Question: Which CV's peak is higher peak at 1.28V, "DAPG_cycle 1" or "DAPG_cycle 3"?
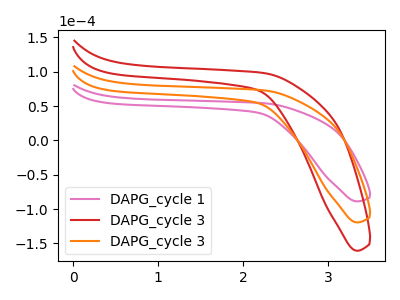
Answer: <think>The pink curve "DAPG_cycle 1" has no peaks. The red curve "DAPG_cycle 3" has no peaks. The orange curve "DAPG_cycle 3" has no peaks.</think>
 <answer>"DAPG_cycle 1" and "DAPG_cycle 3" dont share a peak at 1.28V.</answer>
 <eval>mismatch</eval>